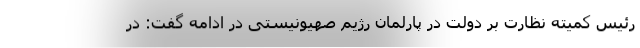
رئیس کمیته نظارت بر دولت در پارلمان رژیم صهیونیستی در ادامه گفت: در